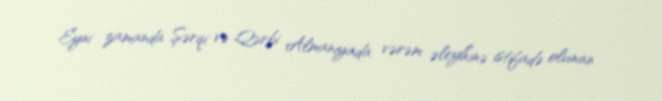
Eyni zamanda Şərqi və Qərbi Almaniyada vərəm əleyhinə istifadə olunan